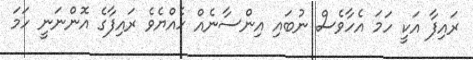
ރައިފާ އަކީ ހަމަ އެހާވެސް ނުބައި އިންސާނެއް ހެއްޔެވެ ރައިފާގެ އޮންނަނީ ހަމަ